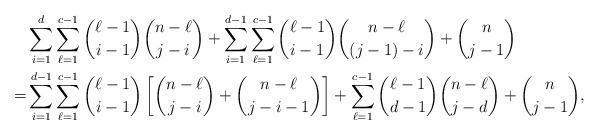
LaTeX: \begin{align*}&\sum_{i=1}^d\sum_{\ell=1}^{c-1}{\ell-1\choose i-1}{n-\ell\choose j-i}+\sum_{i=1}^{d-1}\sum_{\ell=1}^{c-1}{\ell-1\choose i-1}{n-\ell\choose (j-1)-i}+{n\choose j-1}\\=&\sum_{i=1}^{d-1}\sum_{\ell=1}^{c-1}{\ell-1\choose i-1}\left[{n-\ell\choose j-i}+{n-\ell\choose j-i-1}\right]+\sum_{\ell=1}^{c-1}{\ell-1\choose d-1}{n-\ell\choose j-d}+{n\choose j-1},\end{align*}